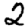
Digit: 2